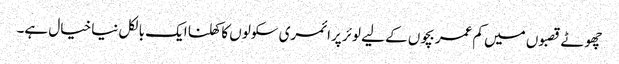
چھوٹے قصبوں میں کم عمر بچوں کے لیے لوئر پرائمری سکولوں کا کھلنا ایک بالکل نیا خیال ہے۔